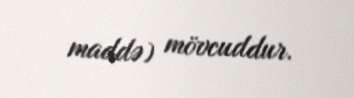
maddə) mövcuddur.